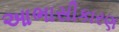
આભાસીકારણ